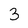
Character: 3